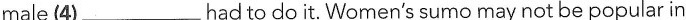
male (4)___had to do it. Women's sumo may not be popular in